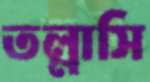
তল্লাসি